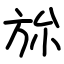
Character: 旀